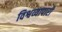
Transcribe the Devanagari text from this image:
विश्वव्यापारी